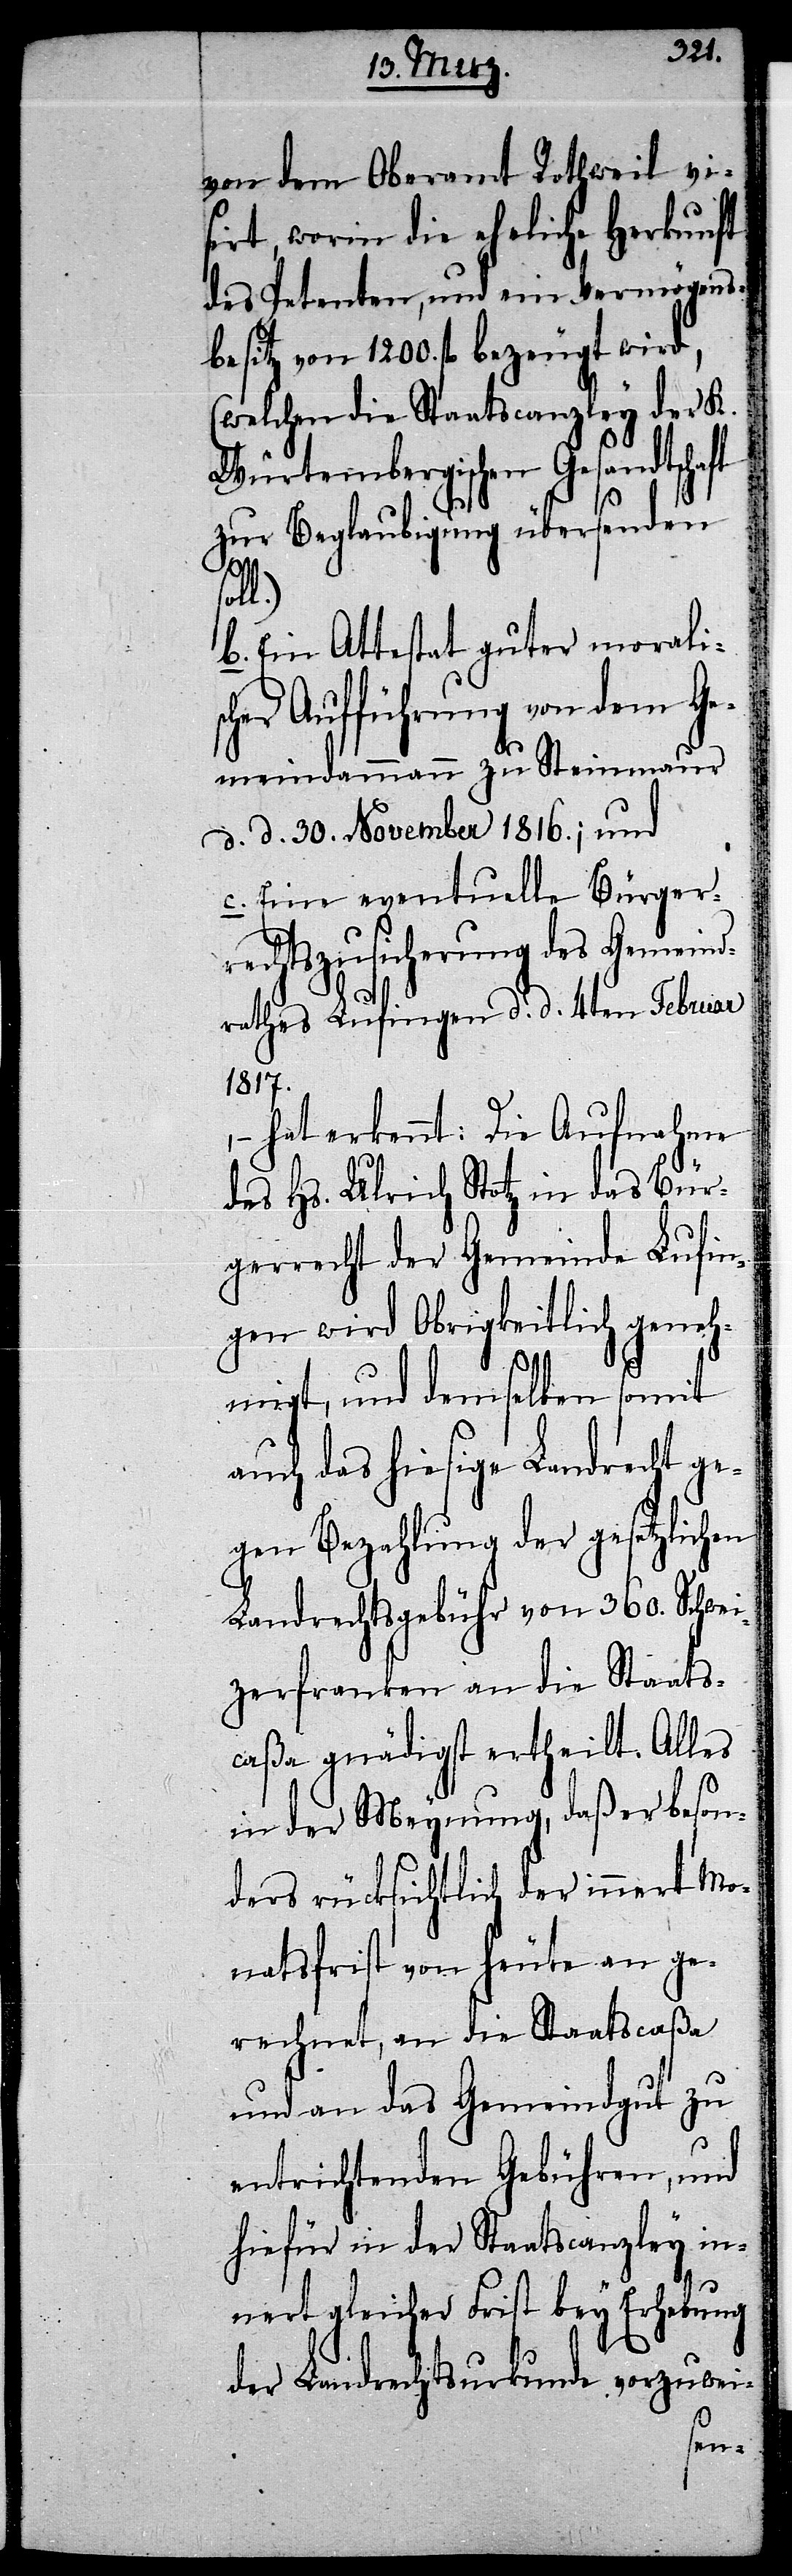
von dem Oberamt Rothweil vi¬
sirt, worin die eheliche Herkunft
des Petenten, und ein Vermögens¬
besitz von 1200. fl. bezeugt wird,
(welchen die Staatscanzley der K.
Würtembergischen Gesandtschaft
zur Beglaubigung übersenden
b. Ein Attestat guter morali¬
her Aufführung von dem Ge¬
meindammann zu Steinmaur
d. d. 30. November 1816.; und
c. Eine eventuelle Bürger¬
rechtszusicherung des Gemeind¬
rathes Lufingen d. d. 4ten Februar
1817.
– hat erkennt: Die Aufnahme
des Hs. Ulrich Stotz in das Bür¬
gerrecht der Gemeinde Lufin¬
gen wird Obrigkeitlich geneh¬
migt, und demselben somit
auch das hiesige Landrecht ge¬
gen Bezahlung der gesetzlichen
Landrechtsgebühr von 360. Schwei¬
zerfranken an die Staats¬
caßa gnädigst ertheilt. Alles
in der Meynung, daß er beson¬
ders rücksichtlich der innert Mo¬
natsfrist von heute an ge¬
rechnet, an die Staatscaßa
und an das Gemeindgut zu
entrichtenden Gebühren, und
hiefür in der Staatscanzley in¬
nert gleicher Frist bey Erhebung
der Landrechtsurkunde vorzuwei-
sc¬